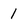
Character: 1